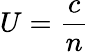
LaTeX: U={\frac{c}{n}}